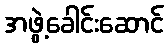
အဖွဲ့ခေါင်းဆောင်